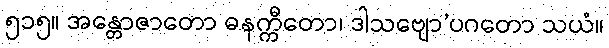
၅၁၅။ အန္တောဇာတော ဓနက္ကီတော၊ ဒါသဗျော’ပဂတော သယံ။